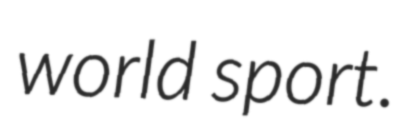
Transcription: world sport.